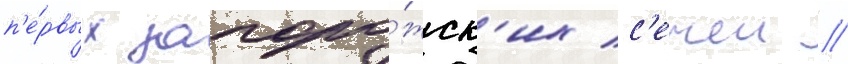
п'е́рвых запоро́жск'их с'ечеи //